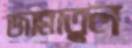
জান্নাতুল